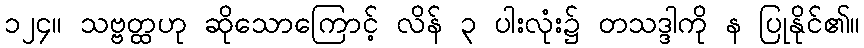
၁၂၄။ သဗ္ဗတ္ထဟု ဆိုသောကြောင့် လိန် ၃ ပါးလုံး၌ တသဒ္ဒါကို န ပြုနိုင်၏။